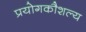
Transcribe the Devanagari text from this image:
प्रयोगकौशल्य